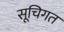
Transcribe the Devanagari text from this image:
सूचिगत